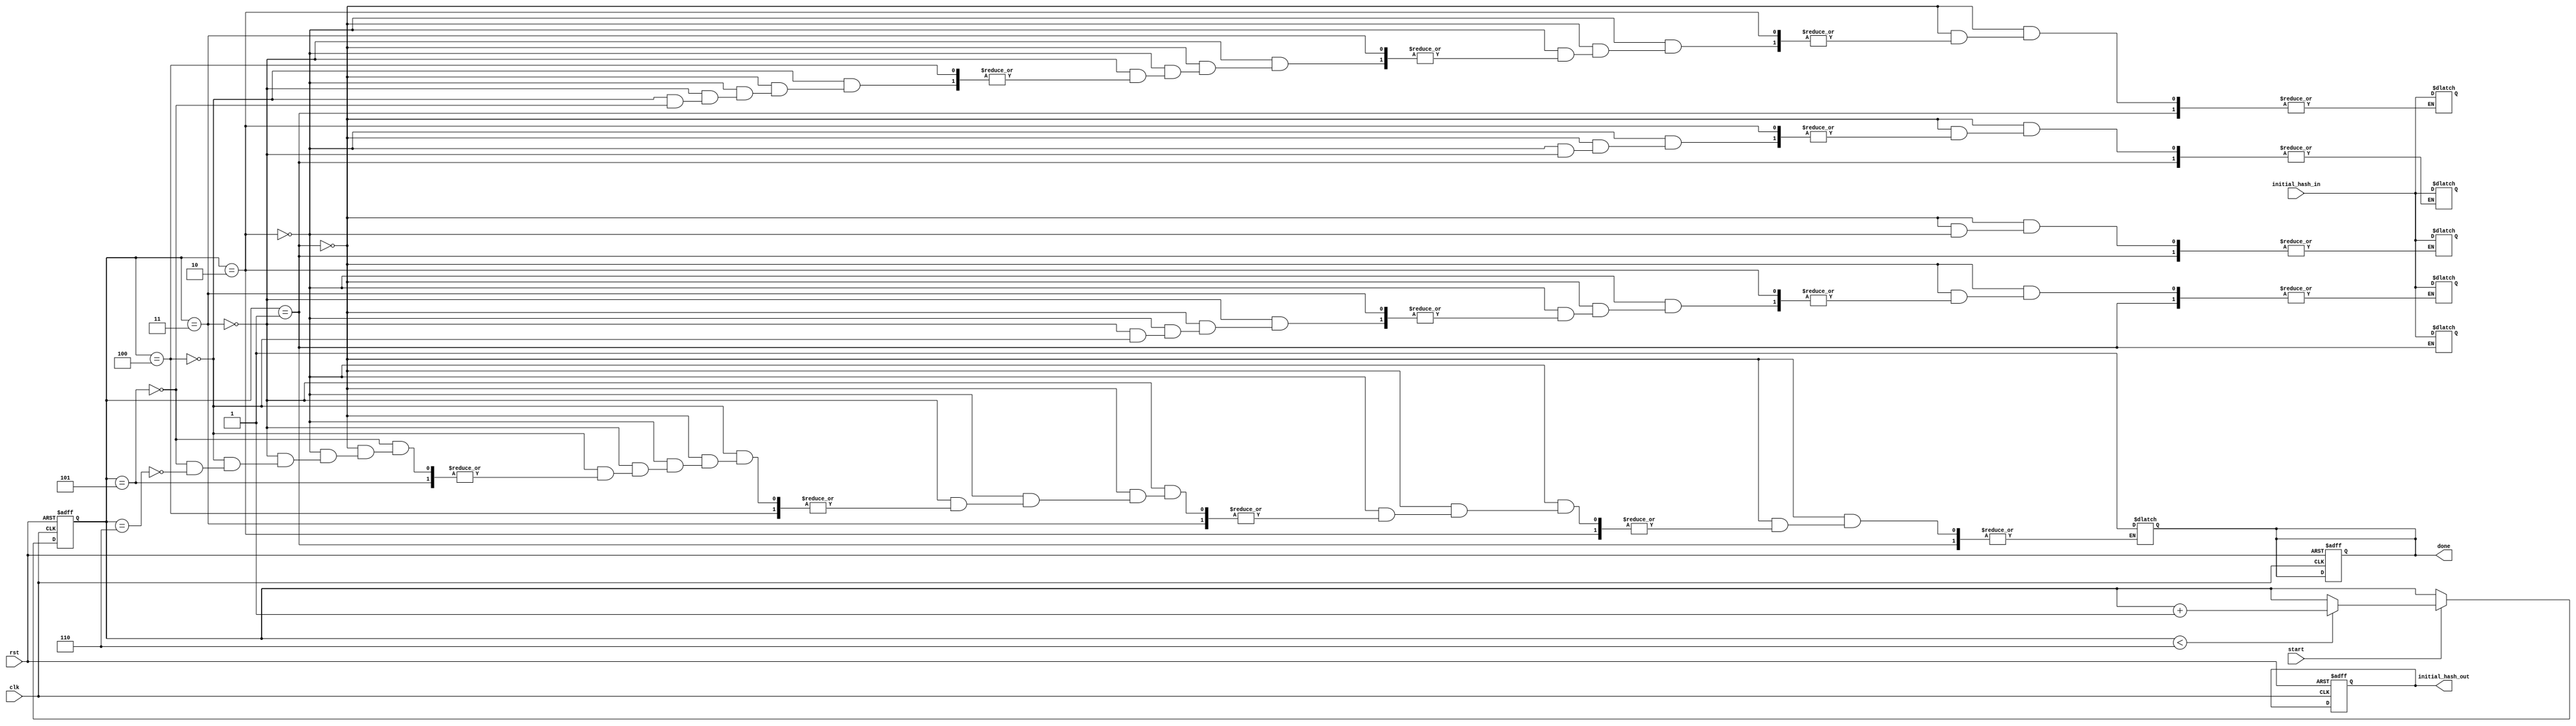
module Initial_Hash_In(input clk,
                    input rst,
                    input start,
                    input [31:0]initial_hash_in,
                    output reg done,
                    output reg [159:0]initial_hash_out
    );
//reg done;
//reg [159:0]initial_hash_out;
reg [2:0]count;

always@(posedge clk or negedge rst) begin
         if(rst == 0) begin
            done <= 0;
            initial_hash_out <= 0;
            count <= 0;
         end else begin
          if(start)
              if(count < 6)
                count <= count + 1;
         end
end
always@(count) begin
    if(count == 1) begin
        initial_hash_out[159:128] = initial_hash_in;
    end
    else if(count == 2)
        initial_hash_out[127:96] = initial_hash_in;
    else if(count == 3)
        initial_hash_out[95:64] = initial_hash_in;
    else if(count == 4)
        initial_hash_out[63:32] = initial_hash_in;
    else if(count == 5)
        initial_hash_out[31:0] = initial_hash_in;
    else if (count == 6) begin
        done = 1;
    end
    else begin end

end
endmodule